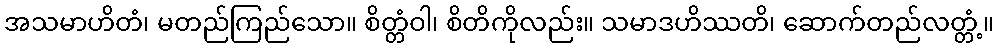
အသမာဟိတံ၊ မတည်ကြည်သော။ စိတ္တံဝါ၊ စိတိကိုလည်း။ သမာဒဟိဿတိ၊ ဆောက်တည်လတ္တံ့။